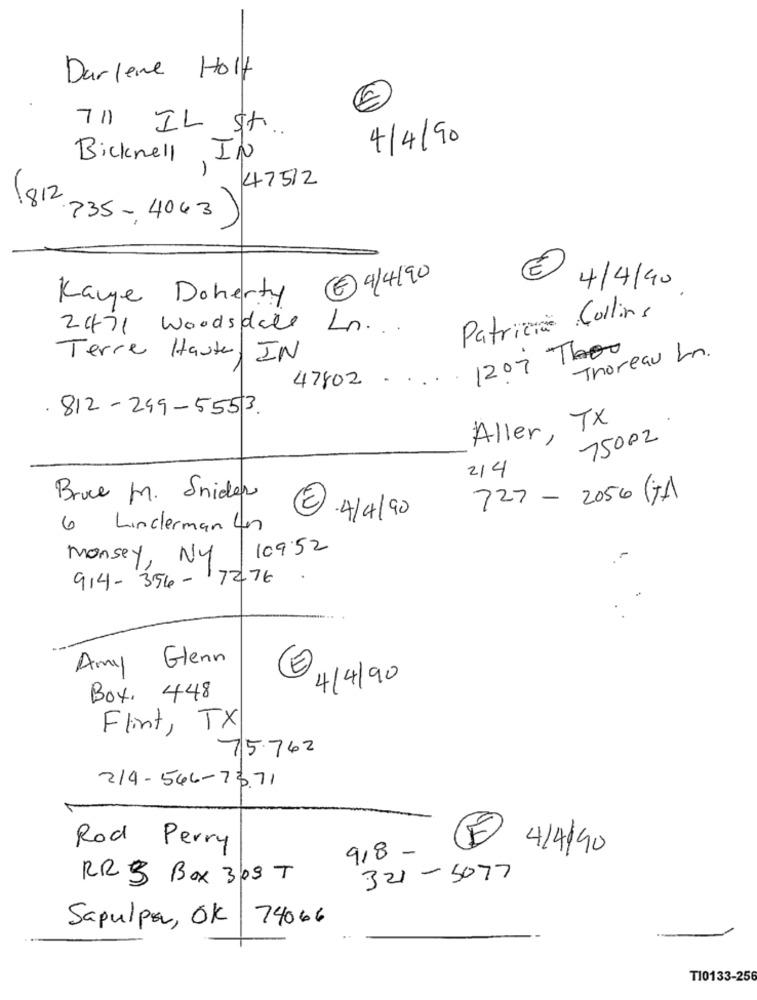
Darlene Holt
711 IL St.
4/4/90
Bicknell, IN
47512
(812
735-4063)
Kanye Doherty (E) 9/4/90
€ 4/4/40
Patricia Collins
2471 Woodsdate Ln ...
1207 Thou
Terre Haute, IN
Thoreau Ln.
47802
812-249-5553.
Aller, TX
75002
214
Bruce M. Snider
727 - 2056 (JA)
·4/4/90
6 Linderman un
Monsey, NY 109:52
914-356-17276
Amy Glenn
4/4/90
Box. 448
Flint, TX
75.762
214- 546-73,71
Rod Perry
E 4/4/90
9,8 -
RR3 Box 309 T
321-5077
Sapulpa, OK 74066
T10133-256